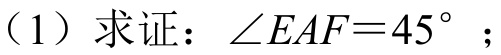
（1）求证：\(\angle EAF = 45^{\circ}\)；